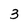
Character: 3